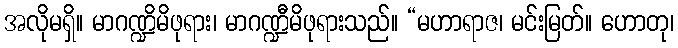
အလိုမရှိ။ မာဂဏ္ဍိမိဖုရား၊ မာဂဏ္ဍီမိဖုရားသည်။ “မဟာရာဇ၊ မင်းမြတ်။ ဟောတု၊